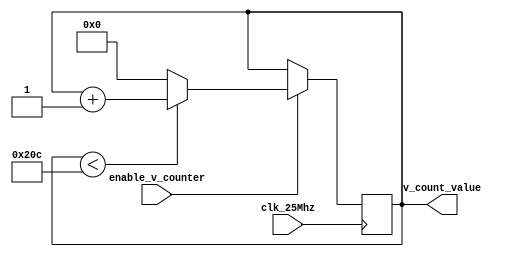
`timescale 1ns / 1ps

module vertical_counter
    (
        input clk_25Mhz, 
        input enable_v_counter, 
        output reg [15:0] v_count_value = 0

    );
    
    always@(posedge clk_25Mhz)
     begin 
     if(enable_v_counter) 
     begin   
        if(v_count_value < 524) 
            begin
                v_count_value <=  v_count_value + 1; 
            end
        else 
            begin
                v_count_value <= 0; 
            end
     end       
     end               
endmodule